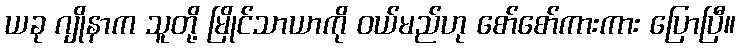
ယခု ဂျိုနာက သူတို့ မြိုင်သာယာကို ဝယ်မည်ဟု စော်စော်ကားကား ပြောပြီ။